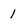
Character: I